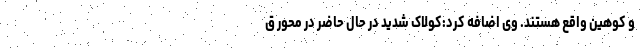
و کوهین واقع هستند. وی اضافه کرد:کولاک شدید در حال حاضر در محور ق